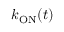
k _ { \mathrm { O N } } ( t )